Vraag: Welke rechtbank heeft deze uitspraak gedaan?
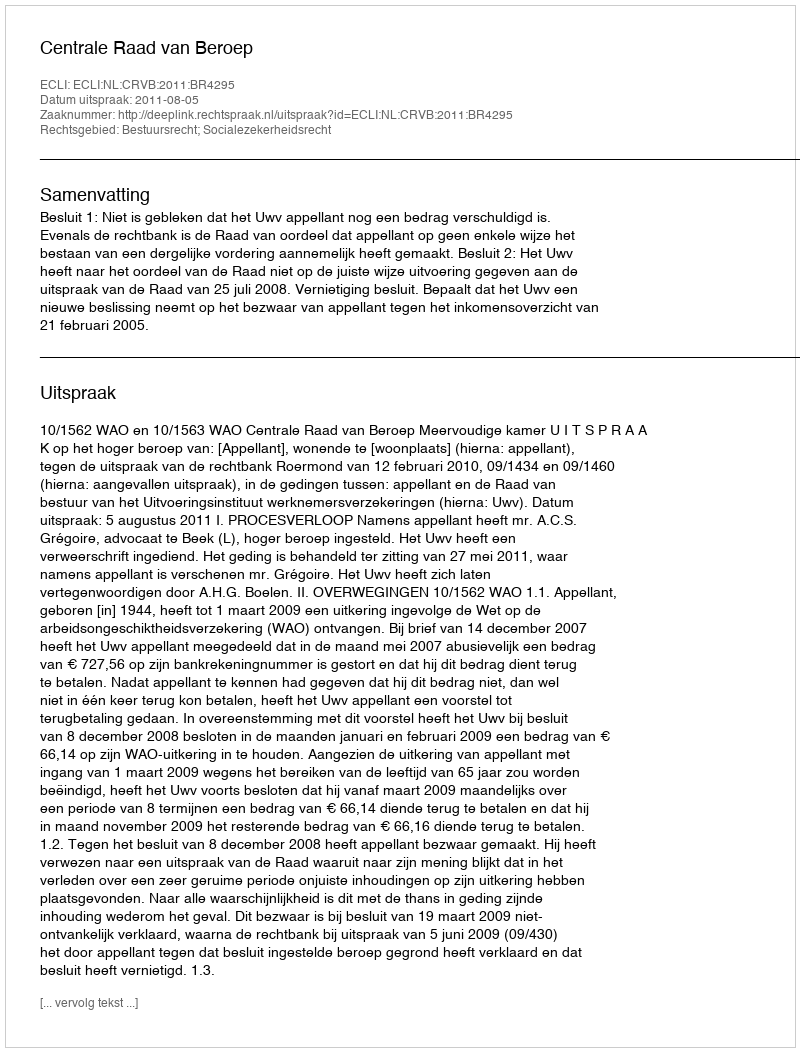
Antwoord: Centrale Raad van Beroep